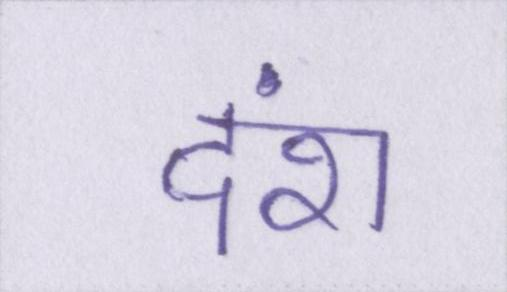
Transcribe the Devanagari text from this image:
दंश